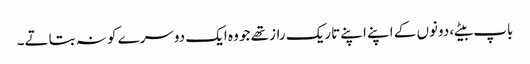
باپ بیٹے، دونوں کے اپنے اپنے تاریک راز تھے جو وہ ایک دوسرے کو نہ بتاتے۔